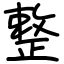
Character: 整